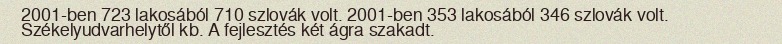
2001-ben 723 lakosából 710 szlovák volt. 2001-ben 353 lakosából 346 szlovák volt. Székelyudvarhelytől kb. A fejlesztés két ágra szakadt.